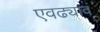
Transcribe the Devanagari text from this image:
एवढ्यावं